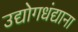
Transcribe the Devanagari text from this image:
उद्योगधंद्याना